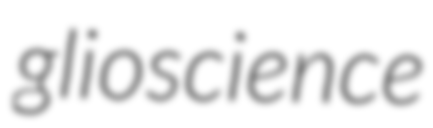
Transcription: glioscience